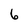
Character: 6